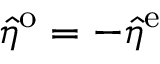
\hat { \eta } ^ { \mathrm { o } } = - \hat { \eta } ^ { \mathrm { e } }